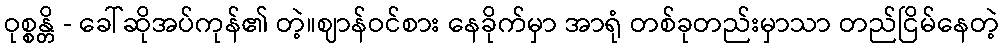
ဝုစ္စန္တိ - ခေါ်ဆိုအပ်ကုန်၏ တဲ့။ဈာန်ဝင်စား နေခိုက်မှာ အာရုံ တစ်ခုတည်းမှာသာ တည်ငြိမ်နေတဲ့